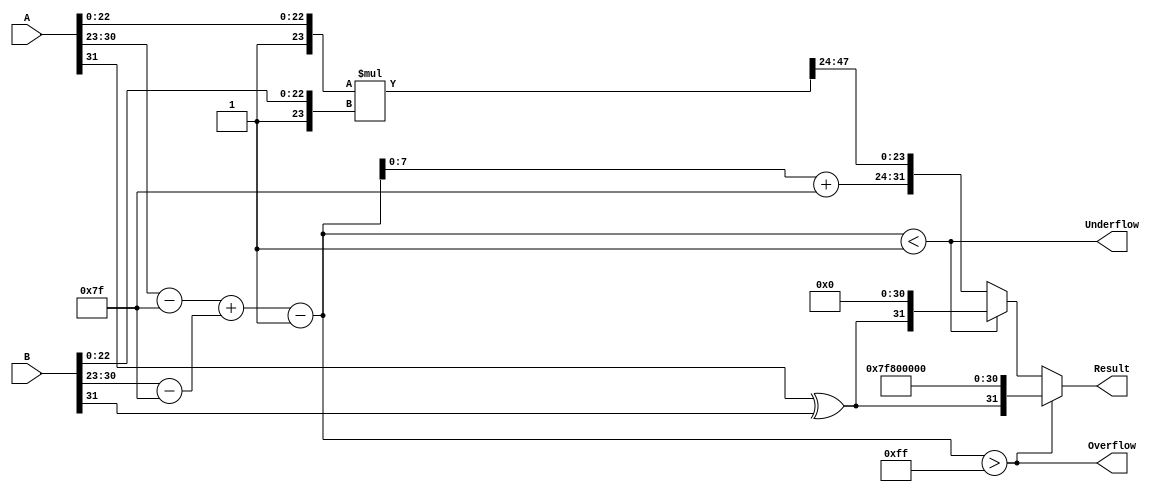
module floating_point_multiplier (
    input  wire [31:0] A,         // First floating-point number
    input  wire [31:0] B,         // Second floating-point number
    output reg  [31:0] Result,     // Result of multiplication
    output reg  Overflow,          // Overflow flag
    output reg  Underflow          // Underflow flag
);

    // Parameters
    localparam EXPONENT_BIAS = 127;
    localparam EXPONENT_WIDTH = 8;
    localparam MANTISSA_WIDTH = 23;

    // Extract sign, exponent, and mantissa
    wire signA = A[31];
    wire signB = B[31];

    wire [EXPONENT_WIDTH-1:0] expA = A[30:23];
    wire [EXPONENT_WIDTH-1:0] expB = B[30:23];

    wire [MANTISSA_WIDTH-1:0] mantA = A[22:0];
    wire [MANTISSA_WIDTH-1:0] mantB = B[22:0];

    // Compute sign of the result
    wire signResult = signA ^ signB;

    // Bias adjustment for exponents
    wire [8:0] expA_adjusted = expA - EXPONENT_BIAS;   
    wire [8:0] expB_adjusted = expB - EXPONENT_BIAS;

    // Resulting exponent calculation
    wire [8:0] exponentSum = expA_adjusted + expB_adjusted;

    // Implicit leading 1 for normalized mantissas
    wire [24:0] mantA_normalized = {1'b1, mantA}; // 24 bits including implicit '1'
    wire [24:0] mantB_normalized = {1'b1, mantB};

    // Multiply mantissas
    wire [49:0] mantResult = mantA_normalized * mantB_normalized; // 24 x 24 = 48 + overflow bit

    // Normalize result mantissa
    reg [23:0] mantResult_final;
    reg [8:0] final_exponent;
    always @* begin
        if (mantResult[49]) begin // If result >= 2.0
            mantResult_final = mantResult[48:25]; // Shift right
            final_exponent = exponentSum + 1;      // Increment exponent
        end else begin // If result < 1.0
            mantResult_final = mantResult[47:24];  // Keep lower bits
            final_exponent = exponentSum - 1;      // Decrement exponent
        end
    end

    // Set overflow and underflow flags
    always @* begin
        Overflow = (final_exponent > 8'd255);
        Underflow = (final_exponent < 8'd1);
        if (Overflow) begin
            Result = {signResult, 8'hFF, 23'b0}; // Infinity
        end else if (Underflow) begin
            Result = {signResult, 8'b0, 23'b0}; // Zero
        end else begin
            Result = {signResult, final_exponent + EXPONENT_BIAS[7:0], mantResult_final};
        end
    end

endmodule